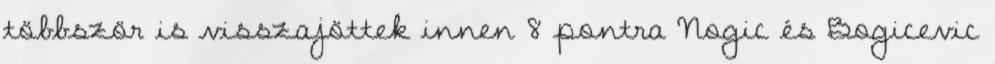
többször is visszajöttek innen 8 pontra Nogic és Bogicevic